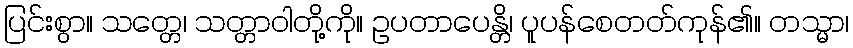
ပြင်းစွာ။ သတ္တေ၊ သတ္တာဝါတို့ကို။ ဥပတာပေန္တိ၊ ပူပန်စေတတ်ကုန်၏။ တသ္မာ၊